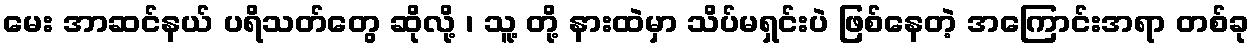
မေး အာဆင်နယ် ပရိသတ်တွေ ဆိုလို့ ၊ သူ့ တို့ နားထဲမှာ သိပ်မရှင်းပဲ ဖြစ်နေတဲ့ အကြောင်းအရာ တစ်ခု